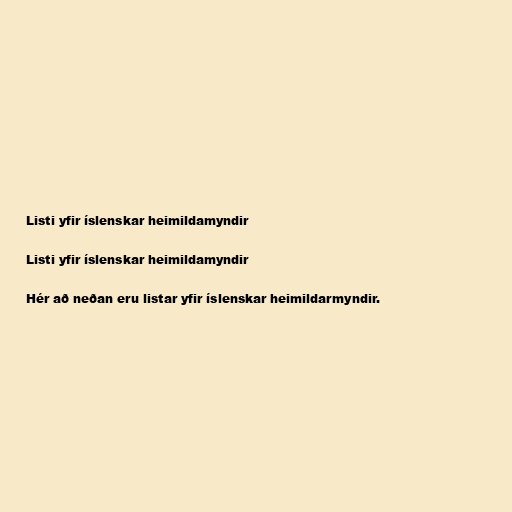
Listi yfir íslenskar heimildamyndir

Listi yfir íslenskar heimildamyndir

Hér að neðan eru listar yfir íslenskar heimildarmyndir.